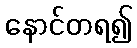
နောင်တရ၍